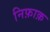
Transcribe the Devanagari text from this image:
निफ़ाक़